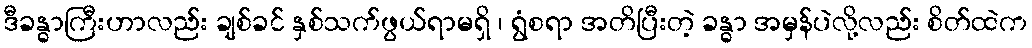
ဒီခန္ဓာကြီးဟာလည်း ချစ်ခင် နှစ်သက်ဖွယ်ရာမရှိ ၊ ရွံစရာ အတိပြီးတဲ့ ခန္ဓာ အမှန်ပဲလို့လည်း စိတ်ထဲက